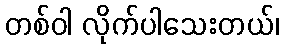
တစ်ဝါ လိုက်ပါသေးတယ်၊